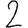
Digit: 2